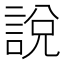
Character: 說